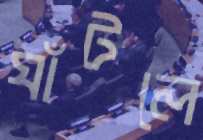
ঘাঁটলে